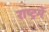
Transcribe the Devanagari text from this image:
राष्ट्रमें